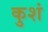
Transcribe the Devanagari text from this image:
कुशं